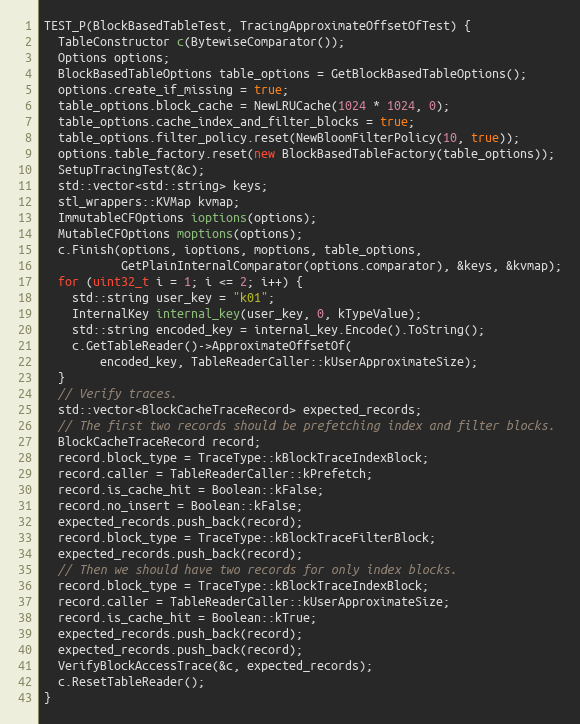
Language: C++
TEST_P(BlockBasedTableTest, TracingApproximateOffsetOfTest) {
  TableConstructor c(BytewiseComparator());
  Options options;
  BlockBasedTableOptions table_options = GetBlockBasedTableOptions();
  options.create_if_missing = true;
  table_options.block_cache = NewLRUCache(1024 * 1024, 0);
  table_options.cache_index_and_filter_blocks = true;
  table_options.filter_policy.reset(NewBloomFilterPolicy(10, true));
  options.table_factory.reset(new BlockBasedTableFactory(table_options));
  SetupTracingTest(&c);
  std::vector<std::string> keys;
  stl_wrappers::KVMap kvmap;
  ImmutableCFOptions ioptions(options);
  MutableCFOptions moptions(options);
  c.Finish(options, ioptions, moptions, table_options,
           GetPlainInternalComparator(options.comparator), &keys, &kvmap);
  for (uint32_t i = 1; i <= 2; i++) {
    std::string user_key = "k01";
    InternalKey internal_key(user_key, 0, kTypeValue);
    std::string encoded_key = internal_key.Encode().ToString();
    c.GetTableReader()->ApproximateOffsetOf(
        encoded_key, TableReaderCaller::kUserApproximateSize);
  }
  // Verify traces.
  std::vector<BlockCacheTraceRecord> expected_records;
  // The first two records should be prefetching index and filter blocks.
  BlockCacheTraceRecord record;
  record.block_type = TraceType::kBlockTraceIndexBlock;
  record.caller = TableReaderCaller::kPrefetch;
  record.is_cache_hit = Boolean::kFalse;
  record.no_insert = Boolean::kFalse;
  expected_records.push_back(record);
  record.block_type = TraceType::kBlockTraceFilterBlock;
  expected_records.push_back(record);
  // Then we should have two records for only index blocks.
  record.block_type = TraceType::kBlockTraceIndexBlock;
  record.caller = TableReaderCaller::kUserApproximateSize;
  record.is_cache_hit = Boolean::kTrue;
  expected_records.push_back(record);
  expected_records.push_back(record);
  VerifyBlockAccessTrace(&c, expected_records);
  c.ResetTableReader();
}